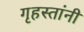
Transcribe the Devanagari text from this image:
गृहस्तांनी